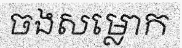
ចងសម្លោក